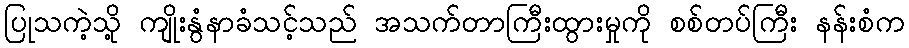
ပြုသကဲ့သို့ ကျိုးနွံနာခံသင့်သည် အသက်တာကြီးထွားမှုကို စစ်တပ်ကြီး နန်းစံက